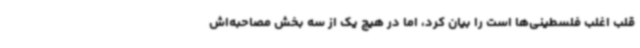
قلب اغلب فلسطینی‌ها است را بیان کرد، اما در هیچ یک از سه بخش مصاحبه‌اش